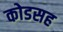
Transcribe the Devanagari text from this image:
कोडसह